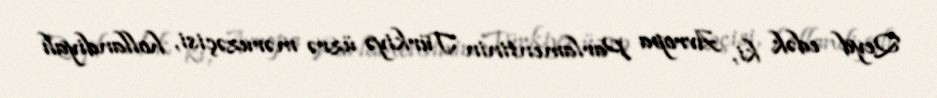
Qeyd edək ki, Avropa Parlamentinin Türkiyə üzrə məruzəçisi, hollandiyalı